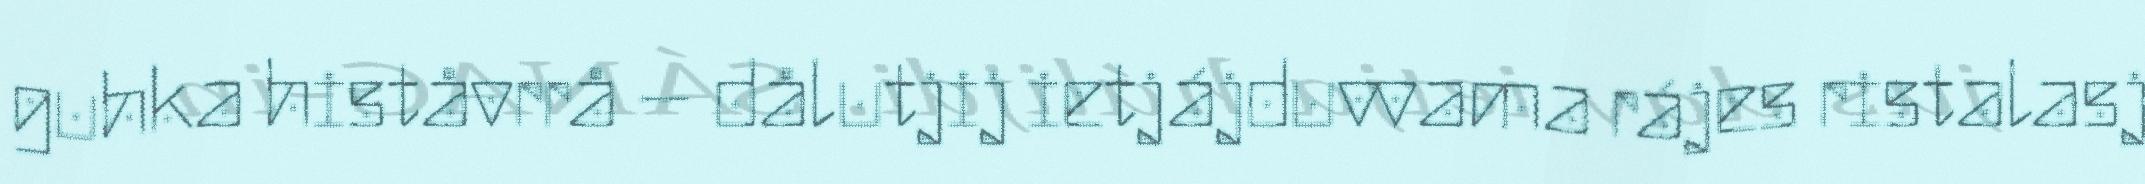
guhka histåvrrå – dålutjij ietjájduvvama rájes ristalasj